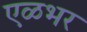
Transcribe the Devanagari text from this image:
एळभर